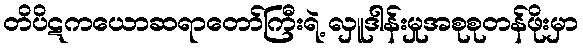
တိပိဋကယောဆရာတော်ကြီးရဲ့ လှူဒါန်းမှုအစုစုတန်ဖိုးမှာ